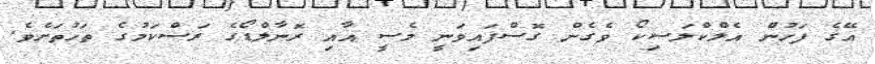
އޭގެ ފަހުން އެލްކްލަސިކޯ ވެގެން ގޮސްފައިވަނީ މެސީ އާއި ރޮނާލްޑޯގެ ރަސްކަމުގެ ތަހުތަށެވެ.